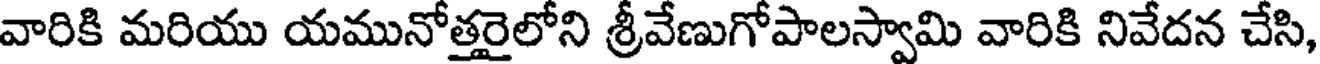
వారికి మరియు యమునోత్తరైలోని శ్రీవేణుగోపాలస్వామి వారికి నివేదన చేసి,